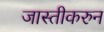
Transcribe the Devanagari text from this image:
जास्तीकरुन